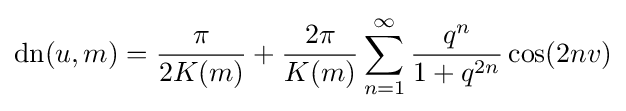
\operatorname {dn} (u,m)={\frac {\pi }{2K(m)}}+{\frac {2\pi }{K(m)}}\sum _{n=1}^{\infty }{\frac {q^{n}}{1+q^{2n}}}\cos(2nv)